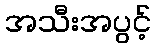
အသီးအပွင့်